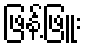
ဖြန့်ဖြူး